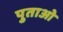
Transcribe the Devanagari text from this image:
पुताओ